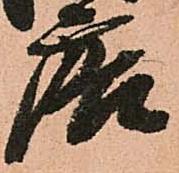
唐